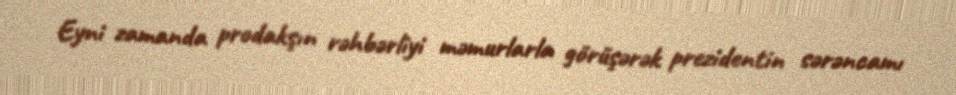
Eyni zamanda prodakşın rəhbərliyi məmurlarla görüşərək prezidentin sərəncamı